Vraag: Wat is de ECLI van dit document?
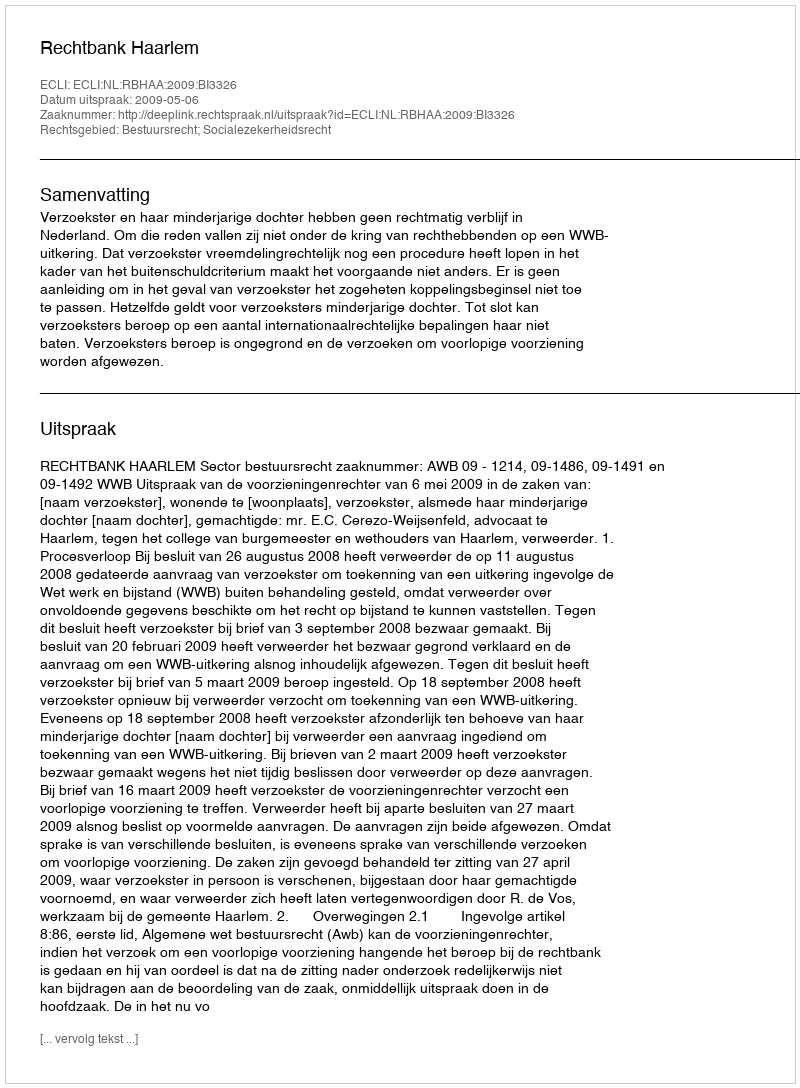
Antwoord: ECLI:NL:RBHAA:2009:BI3326